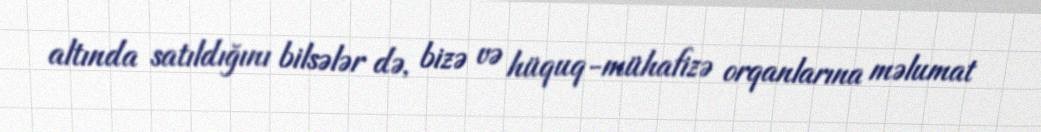
altında satıldığını bilsələr də, bizə və hüquq-mühafizə orqanlarına məlumat